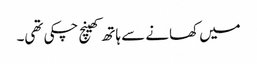
میں کھانے سے ہاتھ کھینچ چکی تھی۔